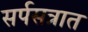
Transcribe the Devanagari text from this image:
सर्पसत्रात